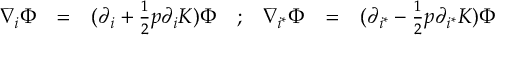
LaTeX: \begin{array} { c c c c c c c } { { \nabla _ { i } \Phi } } & { { = } } & { { ( \partial _ { i } + { \frac { 1 } { 2 } } p \partial _ { i } { \cal K } ) \Phi } } & { { ; } } & { { \nabla _ { i ^ { * } } \Phi } } & { { = } } & { { ( \partial _ { i ^ { * } } - { \frac { 1 } { 2 } } p \partial _ { i ^ { * } } { \cal K } ) \Phi } } \end{array}